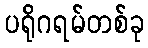
ပရိုဂရမ်တစ်ခု